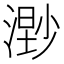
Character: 𣻾